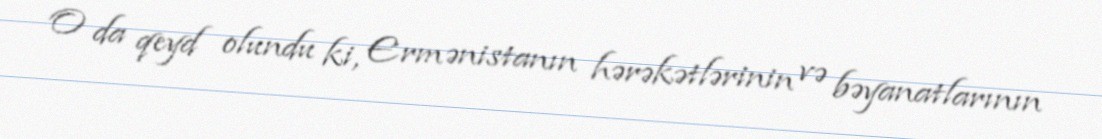
O da qeyd olundu ki, Ermənistanın hərəkətlərinin və bəyanatlarının